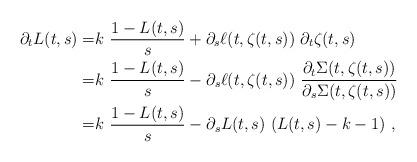
LaTeX: \begin{align*}\partial_t L(t,s) = & k\ \frac{1 - L(t,s)}{s} + \partial_s \ell(t,\zeta(t,s))\ \partial_t\zeta(t,s) \\= & k\ \frac{1 - L(t,s)}{s} - \partial_s \ell(t,\zeta(t,s))\ \frac{\partial_t\Sigma(t,\zeta(t,s))}{\partial_s\Sigma(t,\zeta(t,s))} \\= & k\ \frac{1 - L(t,s)}{s} - \partial_s L(t,s)\ (L(t,s)-k-1)\ ,\end{align*}